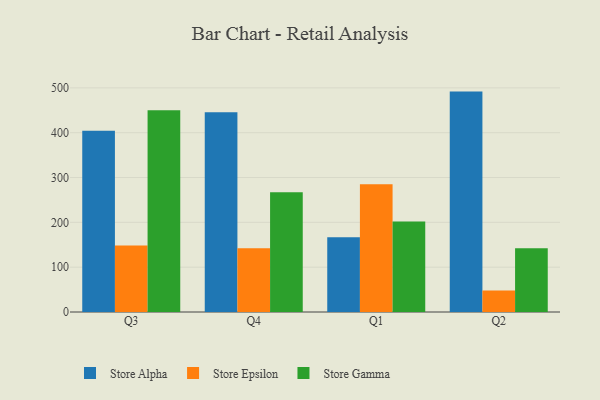
{"axis": {"x": "Quarter", "y": "Active Users"}, "legend": ["Store Alpha", "Store Epsilon", "Store Gamma"], "data": [{"x": "Q3", "y": 404.1, "type": "Store Alpha"}, {"x": "Q3", "y": 148.3, "type": "Store Epsilon"}, {"x": "Q3", "y": 450.0, "type": "Store Gamma"}, {"x": "Q4", "y": 445.6, "type": "Store Alpha"}, {"x": "Q4", "y": 142.4, "type": "Store Epsilon"}, {"x": "Q4", "y": 266.9, "type": "Store Gamma"}, {"x": "Q1", "y": 166.7, "type": "Store Alpha"}, {"x": "Q1", "y": 284.9, "type": "Store Epsilon"}, {"x": "Q1", "y": 201.9, "type": "Store Gamma"}, {"x": "Q2", "y": 491.7, "type": "Store Alpha"}, {"x": "Q2", "y": 47.7, "type": "Store Epsilon"}, {"x": "Q2", "y": 142.2, "type": "Store Gamma"}]}